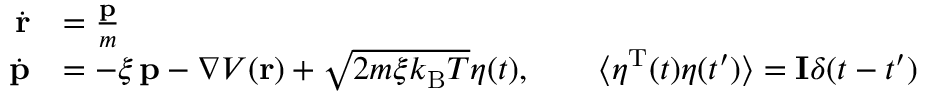
{ \begin{array} { r l } { { \dot { \mathbf { r } } } } & { = { \frac { \mathbf { p } } { m } } } \\ { { \dot { \mathbf { p } } } } & { = - \xi \, \mathbf { p } - \nabla V ( \mathbf { r } ) + { \sqrt { 2 m \xi k _ { \mathrm { B } } T } } { \boldsymbol { \eta } } ( t ) , \qquad \langle { \boldsymbol { \eta } } ^ { \mathrm { T } } ( t ) { \boldsymbol { \eta } } ( t ^ { \prime } ) \rangle = \mathbf { I } \delta ( t - t ^ { \prime } ) } \end{array} }